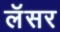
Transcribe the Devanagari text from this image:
लॅसर